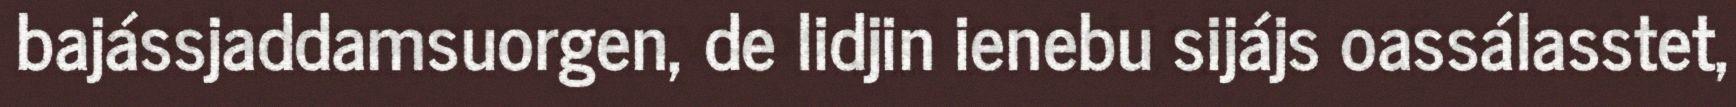
bajássjaddamsuorgen, de lidjin ienebu sijájs oassálasstet,